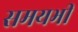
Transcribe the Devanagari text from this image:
समयभी